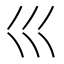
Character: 𡿦